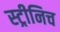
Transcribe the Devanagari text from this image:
स्ट्रीनिच